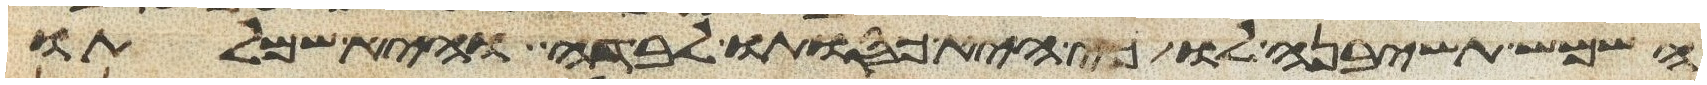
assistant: השמש תשיבנה לו כי היא כסותו לבדה היא שמלתו